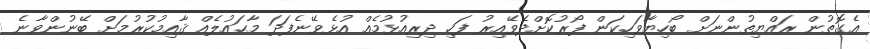
އެގޮތުން ރައްޔިތުންނަށް ބޯހިޔާވަހިކަން ފޯރުކޮށްދެވޭއިރު ފަހި ދިރިއުޅުމެއް އުޅެވޭނެފަދަ މާޙައުލެއް ޤާއިމުކުރުމަށް ބޭނުންވާނެ